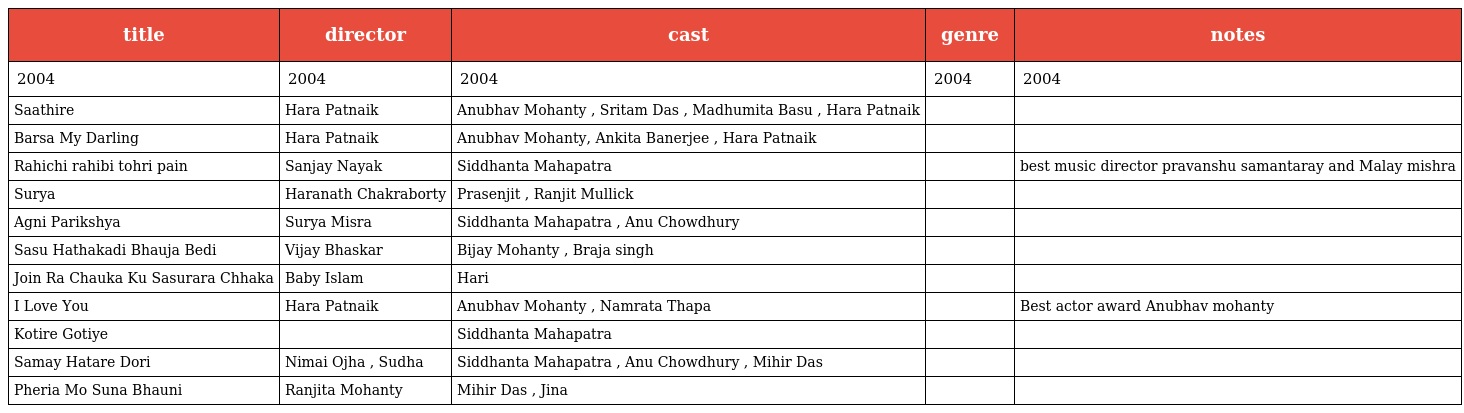
| title | director | cast | genre | notes |
 | --- | --- | --- | --- | --- |
 | 2004 | 2004 | 2004 | 2004 | 2004 |
 | Saathire | Hara Patnaik | Anubhav Mohanty , Sritam Das , Madhumita Basu , Hara Patnaik |  |  |
 | Barsa My Darling | Hara Patnaik | Anubhav Mohanty, Ankita Banerjee , Hara Patnaik |  |  |
 | Rahichi rahibi tohri pain | Sanjay Nayak | Siddhanta Mahapatra |  | best music director pravanshu samantaray and Malay mishra |
 | Surya | Haranath Chakraborty | Prasenjit , Ranjit Mullick |  |  |
 | Agni Parikshya | Surya Misra | Siddhanta Mahapatra , Anu Chowdhury |  |  |
 | Sasu Hathakadi Bhauja Bedi | Vijay Bhaskar | Bijay Mohanty , Braja singh |  |  |
 | Join Ra Chauka Ku Sasurara Chhaka | Baby Islam | Hari |  |  |
 | I Love You | Hara Patnaik | Anubhav Mohanty , Namrata Thapa |  | Best actor award Anubhav mohanty |
 | Kotire Gotiye |  | Siddhanta Mahapatra |  |  |
 | Samay Hatare Dori | Nimai Ojha , Sudha | Siddhanta Mahapatra , Anu Chowdhury , Mihir Das |  |  |
 | Pheria Mo Suna Bhauni | Ranjita Mohanty | Mihir Das , Jina |  |  |